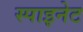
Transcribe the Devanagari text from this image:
स्पाइनेट